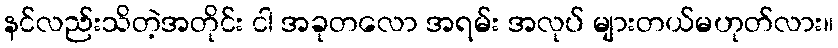
နင်လည်းသိတဲ့အတိုင်း ငါ အခုတလော အရမ်း အလုပ် များတယ်မဟုတ်လား။